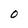
Character: O